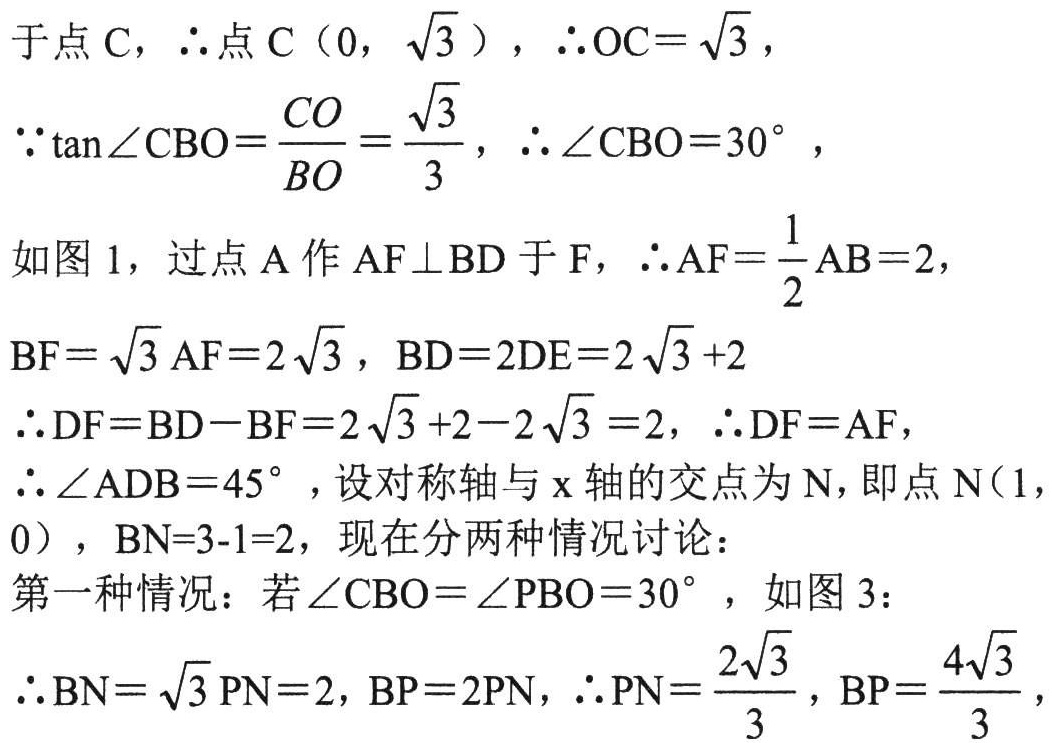
于点\(C\)，\(\therefore\)点\(C(0,\sqrt{3})\)，\(\therefore OC = \sqrt{3}\)，
\(\because\tan\angle CBO=\frac{CO}{BO}=\frac{\sqrt{3}}{3}\)，\(\therefore\angle CBO = 30^{\circ}\)，
如图1，过点\(A\)作\(AF\perp BD\)于\(F\)，\(\therefore AF=\frac{1}{2}AB = 2\)，
\(BF=\sqrt{3}AF = 2\sqrt{3}\)，\(BD = 2DE=2\sqrt{3}+2\)
\(\therefore DF=BD - BF=2\sqrt{3}+2 - 2\sqrt{3}=2\)，\(\therefore DF = AF\)，
\(\therefore\angle ADB = 45^{\circ}\)，设对称轴与\(x\)轴的交点为\(N\)，即点\(N(1,0)\)，\(BN = 3 - 1 = 2\)，现在分两种情况讨论：
第一种情况：若\(\angle CBO=\angle PBO = 30^{\circ}\)，如图3：
\(\therefore BN=\sqrt{3}PN = 2\)，\(BP = 2PN\)，\(\therefore PN=\frac{2\sqrt{3}}{3}\)，\(BP=\frac{4\sqrt{3}}{3}\)，